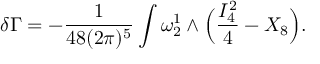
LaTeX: \delta \Gamma = - { \frac { 1 } { 4 8 ( 2 \pi ) ^ { 5 } } } \int \omega _ { 2 } ^ { 1 } \wedge \Big ( { \frac { I _ { 4 } ^ { 2 } } { 4 } } - X _ { 8 } \Big ) .